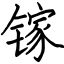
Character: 镓